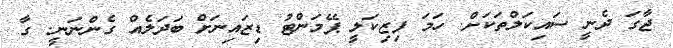
ޖާގަ ދެނީ ސައިކަލްތަކަށް. ހަމަ ފިޒިކަލީ ޕޭމަންޓު ޑިޒައިނަށް ބަދަލެއް ގެންނަނީ. ގާ